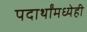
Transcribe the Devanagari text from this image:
पदार्थांमध्येही